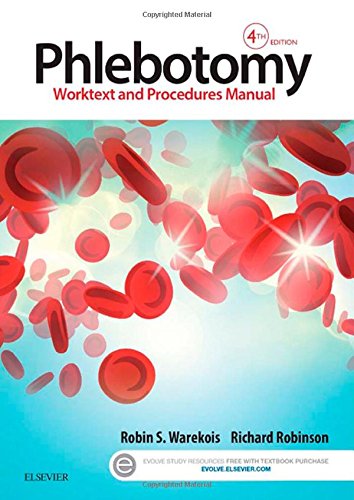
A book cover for Phlebotomy: Worktext and Procedures Manual, 4e; Robin S. Warekois BS  MT(ASCP); Medical Books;